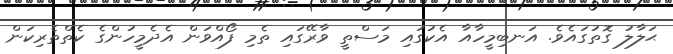
ޙަލާލު ގޮތުގައެވެ. އަނބިމީހާއާ އެކުގައި މަސްތީ ވާރޭގައި ތެމި ފޯއްވަން އެދެމީހުންގެ ކެތްތެރިކަން